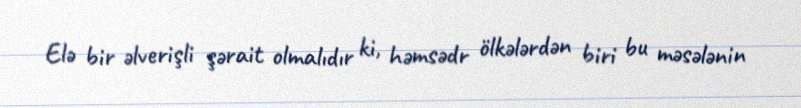
Elə bir əlverişli şərait olmalıdır ki, həmsədr ölkələrdən biri bu məsələnin